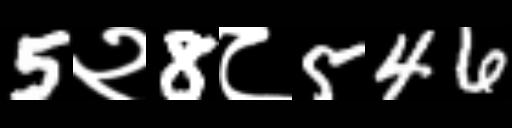
Text: 5२8८546